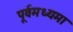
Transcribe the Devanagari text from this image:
पूर्वमध्यमा